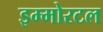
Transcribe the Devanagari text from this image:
इम्मोरटल